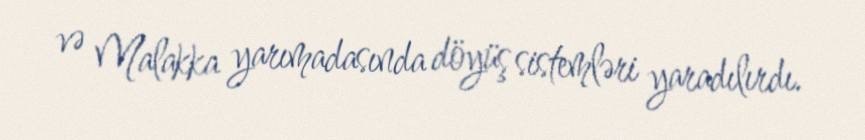
və Malakka yarımadasında döyüş sistemləri yaradılırdı.